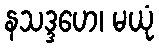
နသဒ္ဒဟေ၊ မယုံ